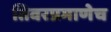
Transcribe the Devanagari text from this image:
तिवरप्रमाणेच